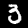
Label: 3